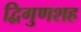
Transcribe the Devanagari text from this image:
द्विगुणशह